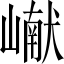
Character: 𪩘